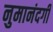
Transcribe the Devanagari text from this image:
नुमानंदगी